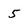
Character: 5